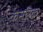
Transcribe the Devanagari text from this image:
केसरिक